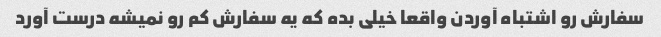
سفارش رو اشتباه آوردن واقعا خیلی بده که یه سفارش کم رو نمیشه درست آورد